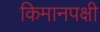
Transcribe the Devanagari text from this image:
किमानपक्षी